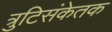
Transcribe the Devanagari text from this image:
त्रुटिसंकेतक